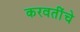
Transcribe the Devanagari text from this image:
करवतींचे